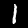
Label: 1